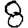
Digit: 8